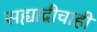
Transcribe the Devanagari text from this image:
सह्याद्रीचाही